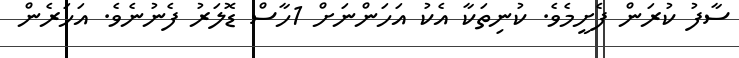
ސާފު ކުރަން ފެށީމެވެ. ކުނިތަކާ އެކު އަހަންނަށް 1ހާސް ޑޮލަރު ފެނުނެވެ. އަހަރެން